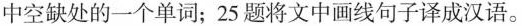
中空缺处的一个单词;25题将文中画线句子译成汉语。